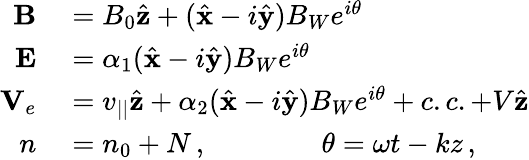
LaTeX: \begin{array}{rl}{{\mathbf B}}&{{}=B_{0}\hat{\mathbf z}+(\hat{\mathbf x}-i\hat{\mathbf y})B_{W}e^{i\theta}}\\ {{\mathbf E}}&{{}=\alpha_{1}(\hat{\mathbf x}-i\hat{\mathbf y})B_{W}e^{i\theta}}\\ {{\mathbf V}_{e}}&{{}=v_{||}\hat{\mathbf z}+\alpha_{2}(\hat{\mathbf x}-i\hat{\mathbf y})B_{W}e^{i\theta}+c.c.+V\hat{\mathbf z}}\\ {n}&{{}=n_{0}+N\, ,\qquad\qquad\theta=\omega t-kz\, ,}\end{array}